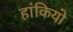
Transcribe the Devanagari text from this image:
हांकियो